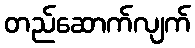
တည်ဆောက်လျက်